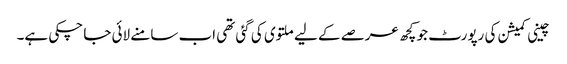
چینی کمیشن کی رپورٹ جو کچھ عرصے کے لیے ملتوی کی گئی تھی اب سامنے لائی جا چکی ہے۔